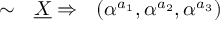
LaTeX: \sim ~ ~ \underline { { { X } } } \Rightarrow ~ ~ ( \alpha ^ { a _ { 1 } } , \alpha ^ { a _ { 2 } } , \alpha ^ { a _ { 3 } } )